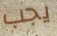
يجب